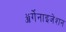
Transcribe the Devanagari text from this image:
ॲर्गेनाइजेशन